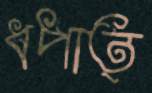
ধপাত্